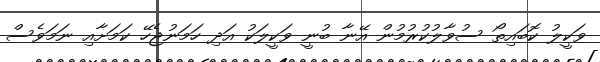
ވަކީލު ކޮބައިތޯ ސުވާލުކުރުމުން އޭނާ ބުނީ ވަކީލަކު އަދި ހަމަނުޖެހޭ ކަމަށާއި ނަމަވެސް